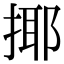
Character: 揶